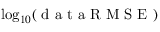
\log _ { 1 0 } ( \mathrm { ~ d ~ a ~ t ~ a ~ R ~ M ~ S ~ E ~ } )